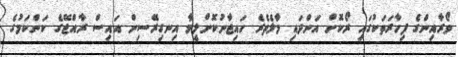
ވޯރާއިންގެ ފިހާރަތަކުގައި ރޯކޮށް އަންދައި މާލެތެރެ ހައިޖާނުކޮށްލީމާ އިނގިރޭސިން އައިސް ރާއްޖޭގެ ކަންކަމުގެ